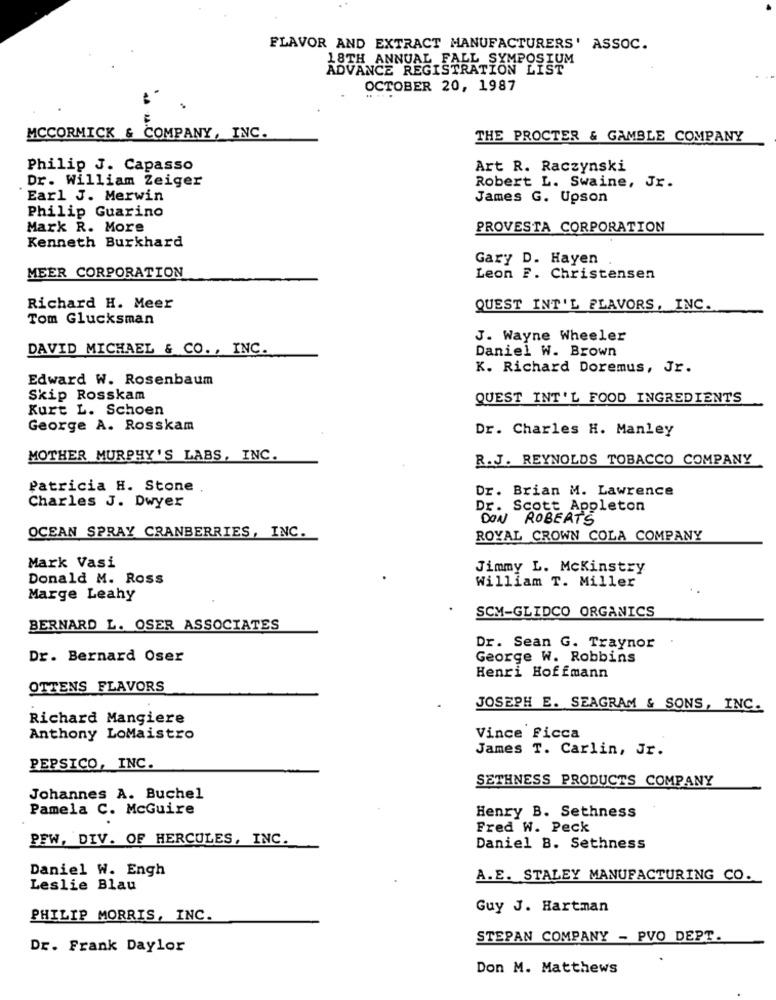
FLAVOR AND EXTRACT MANUFACTURERS' ASSOC.
18TH ANNUAL FALL SYMPOSIUM
ADVANCE REGISTRATION LIST
OCTOBER 20, 1987
MCCORMICK & COMPANY, INC.
THE PROCTER & GAMBLE COMPANY
Philip J. Capasso
Art R. Raczynski
Dr. William Zeiger
Robert L. Swaine, Jr.
Earl J. Merwin
James G. Upson
Philip Guarino
Mark R. More
PROVESTA CORPORATION
Kenneth Burkhard
Gary D. Hayen
MEER CORPORATION
Leon F. Christensen
Richard H. Meer
QUEST INT'L FLAVORS, INC.
Tom Glucksman
J. Wayne Wheeler
DAVID MICHAEL & CO ., INC.
Daniel W. Brown
K. Richard Doremus, Jr.
Edward W. Rosenbaum
Skip Rosskam
QUEST INT'L FOOD INGREDIENTS
Kurt L. Schoen
George A. Rosskam
Dr. Charles H. Manley
MOTHER MURPHY'S LABS, INC.
R. J. REYNOLDS TOBACCO COMPANY
Patricia H. Stone
Dr. Brian M. Lawrence
Charles J. Dwyer
Dr. Scott Appleton
DON ROBERTS
OCEAN SPRAY CRANBERRIES, INC.
ROYAL CROWN COLA COMPANY
Mark Vasi
Jimmy L. Mckinstry
Donald M. Ross
William T. Miller
Marge Leahy
SCM-GLIDCO ORGANICS
BERNARD L. OSER ASSOCIATES
Dr. Sean G. Traynor
Dr. Bernard Oser
George W. Robbins
Henri Hoffmann
OTTENS FLAVORS
JOSEPH E. SEAGRAM & SONS, INC.
Richard Mangiere
Anthony LoMaistro
Vince Ficca
James T. Carlin, Jr.
PEPSICO, INC.
SETHNESS PRODUCTS COMPANY
Johannes A. Buchel
Pamela C. McGuire
Henry B. Sethness
Fred W. Peck
PFW, DIV. OF HERCULES, INC.
Daniel B. Sethness
Daniel W. Engh
A.E. STALEY MANUFACTURING CO.
Leslie Blau
Guy J. Hartman
PHILIP MORRIS, INC.
STEPAN COMPANY - PVO DEPT.
Dr. Frank Daylor
Don M. Matthews